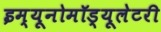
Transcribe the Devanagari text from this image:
इम्यूनोमॉड्यूलेटरी